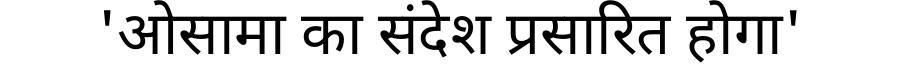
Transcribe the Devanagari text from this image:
'ओसामा का संदेश प्रसारित होगा'